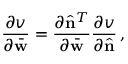
\frac { \partial v } { \partial \bar { \bf w } } = \frac { \partial \hat { \bf n } ^ { T } } { \partial \bar { \bf w } } \frac { \partial v } { \partial \hat { \bf n } } \, ,